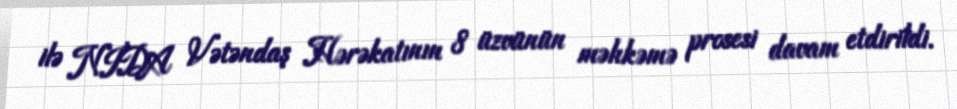
ilə NİDA Vətəndaş Hərəkatının 8 üzvünün məhkəmə prosesi davam etdirildi.